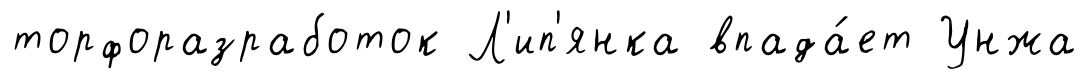
торфоразработок Л'ип'янка впада́ет Унжа